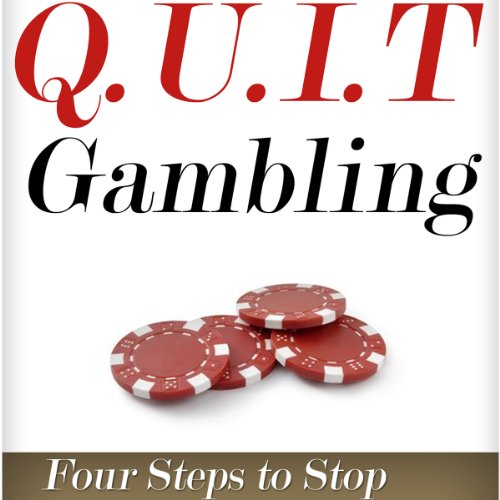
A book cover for Q.U.I.T Gambling: Advice on How to Quit Gambling in 4 Easy Steps: New Beginnings Collection; William Briggs; Health, Fitness & Dieting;